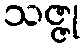
သဇ္ဇု